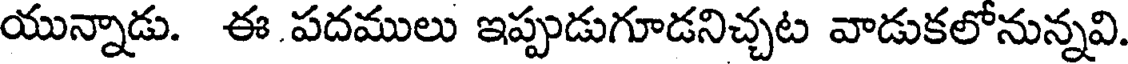
యున్నాడు. ఈ.పదములు ఇప్పుడుగూడనిచ్చట వాడుకలోనున్నవి.